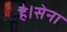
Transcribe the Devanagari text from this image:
है।सेना